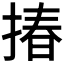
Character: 𢰦